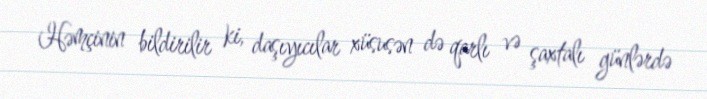
Həmçinin bildirilir ki, daşıyıcılar xüsusən də qarlı və şaxtalı günlərdə